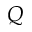
Q